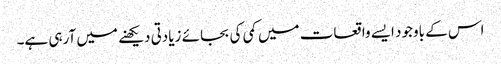
اس کے باوجود ایسے واقعات میں کمی کی بجائے زیادتی دیکھنے میں آرہی ہے۔